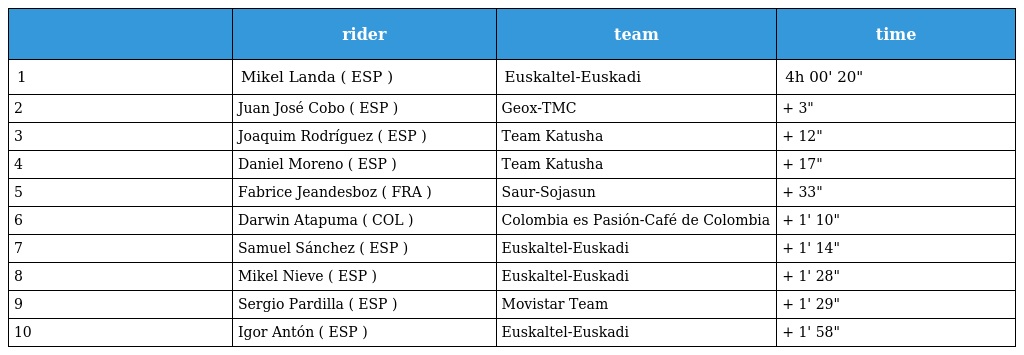
|  | rider | team | time |
 | --- | --- | --- | --- |
 | 1 | Mikel Landa ( ESP ) | Euskaltel-Euskadi | 4h 00' 20" |
 | 2 | Juan José Cobo ( ESP ) | Geox-TMC | + 3" |
 | 3 | Joaquim Rodríguez ( ESP ) | Team Katusha | + 12" |
 | 4 | Daniel Moreno ( ESP ) | Team Katusha | + 17" |
 | 5 | Fabrice Jeandesboz ( FRA ) | Saur-Sojasun | + 33" |
 | 6 | Darwin Atapuma ( COL ) | Colombia es Pasión-Café de Colombia | + 1' 10" |
 | 7 | Samuel Sánchez ( ESP ) | Euskaltel-Euskadi | + 1' 14" |
 | 8 | Mikel Nieve ( ESP ) | Euskaltel-Euskadi | + 1' 28" |
 | 9 | Sergio Pardilla ( ESP ) | Movistar Team | + 1' 29" |
 | 10 | Igor Antón ( ESP ) | Euskaltel-Euskadi | + 1' 58" |